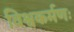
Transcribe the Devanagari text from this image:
विश्वकर्मणः